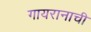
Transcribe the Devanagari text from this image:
गायरानाची